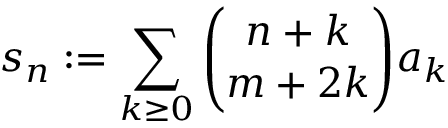
s _ { n } : = \sum _ { k \geq 0 } { \binom { n + k } { m + 2 k } } a _ { k }